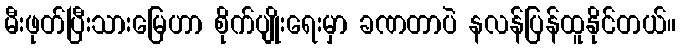
မီးဖုတ်ပြီးသားမြေဟာ စိုက်ပျိုးရေးမှာ ခဏတာပဲ နလန်ပြန်ထူနိုင်တယ်။